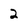
Character: 2